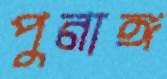
পুনাঙ্গ